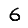
Digit: 6